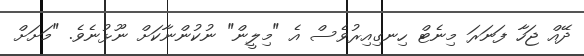
ދޭއް ޖަހާ ފަނަރަ މިނެޓް ހިނގިއިރުވެސް އެ "މިލީން" ނުކުންނާކަށް ނޫޅުނެވެ. "މަށަށް